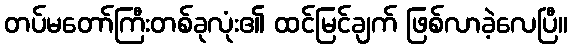
တပ်မတော်ကြီးတစ်ခုလုံး၏ ထင်မြင်ချက် ဖြစ်လာခဲ့လေပြီ။